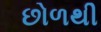
છોળથી